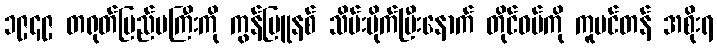
၁၉၄၉ တရုတ်ပြည်မကြီးကို ကွန်မြူနစ် သိမ်းပိုက်ပြီးနောက် တိုင်ဝမ်ကို ကူမင်တန် အစိုးရ